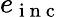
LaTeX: e_{\mathrm{~i~n~c~}}